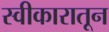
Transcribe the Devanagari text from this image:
स्वीकारातून